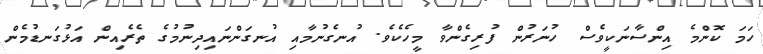
ހަމަ ކޮންމެ އިންސާނަކީވެސް ހުނަރުން ފުރިގެންވާ މީހެކެވެ. އުނގެނުމާއި އުނގަންނައިދިނުމުގެ ތެރެއިން އަޅުގަނޑުމެން